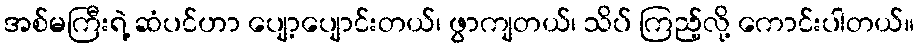
အစ်မကြီးရဲ့ ဆံပင်ဟာ ပျော့ပျောင်းတယ်၊ ဖွာကျတယ်၊ သိပ် ကြည့်လို့ ကောင်းပါတယ်။